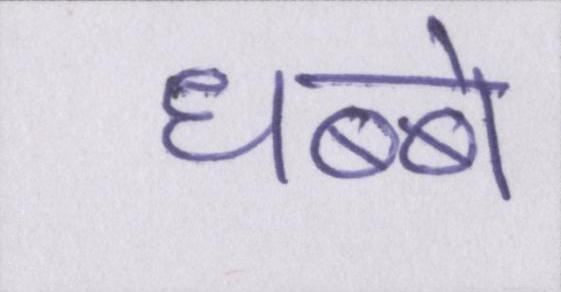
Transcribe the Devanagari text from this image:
धब्बे